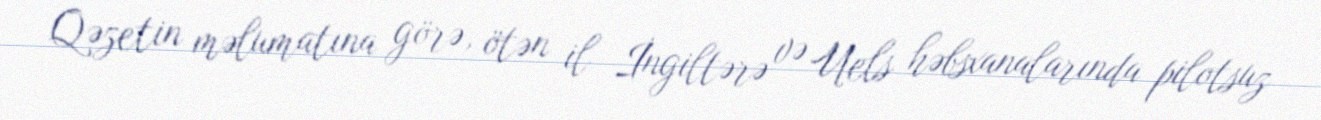
Qəzetin məlumatına görə, ötən il İngiltərə və Uels həbsxanalarında pilotsuz